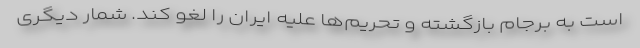
است به برجام بازگشته و تحریم‌ها علیه ایران را لغو کند. شمار دیگری